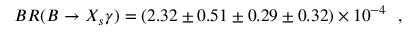
B R ( B \rightarrow X _ { s } \gamma ) = ( 2 . 3 2 \pm 0 . 5 1 \pm 0 . 2 9 \pm 0 . 3 2 ) \times 1 0 ^ { - 4 } \, \, \, \, ,